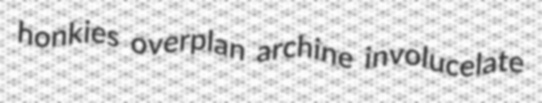
honkies overplan archine involucelate